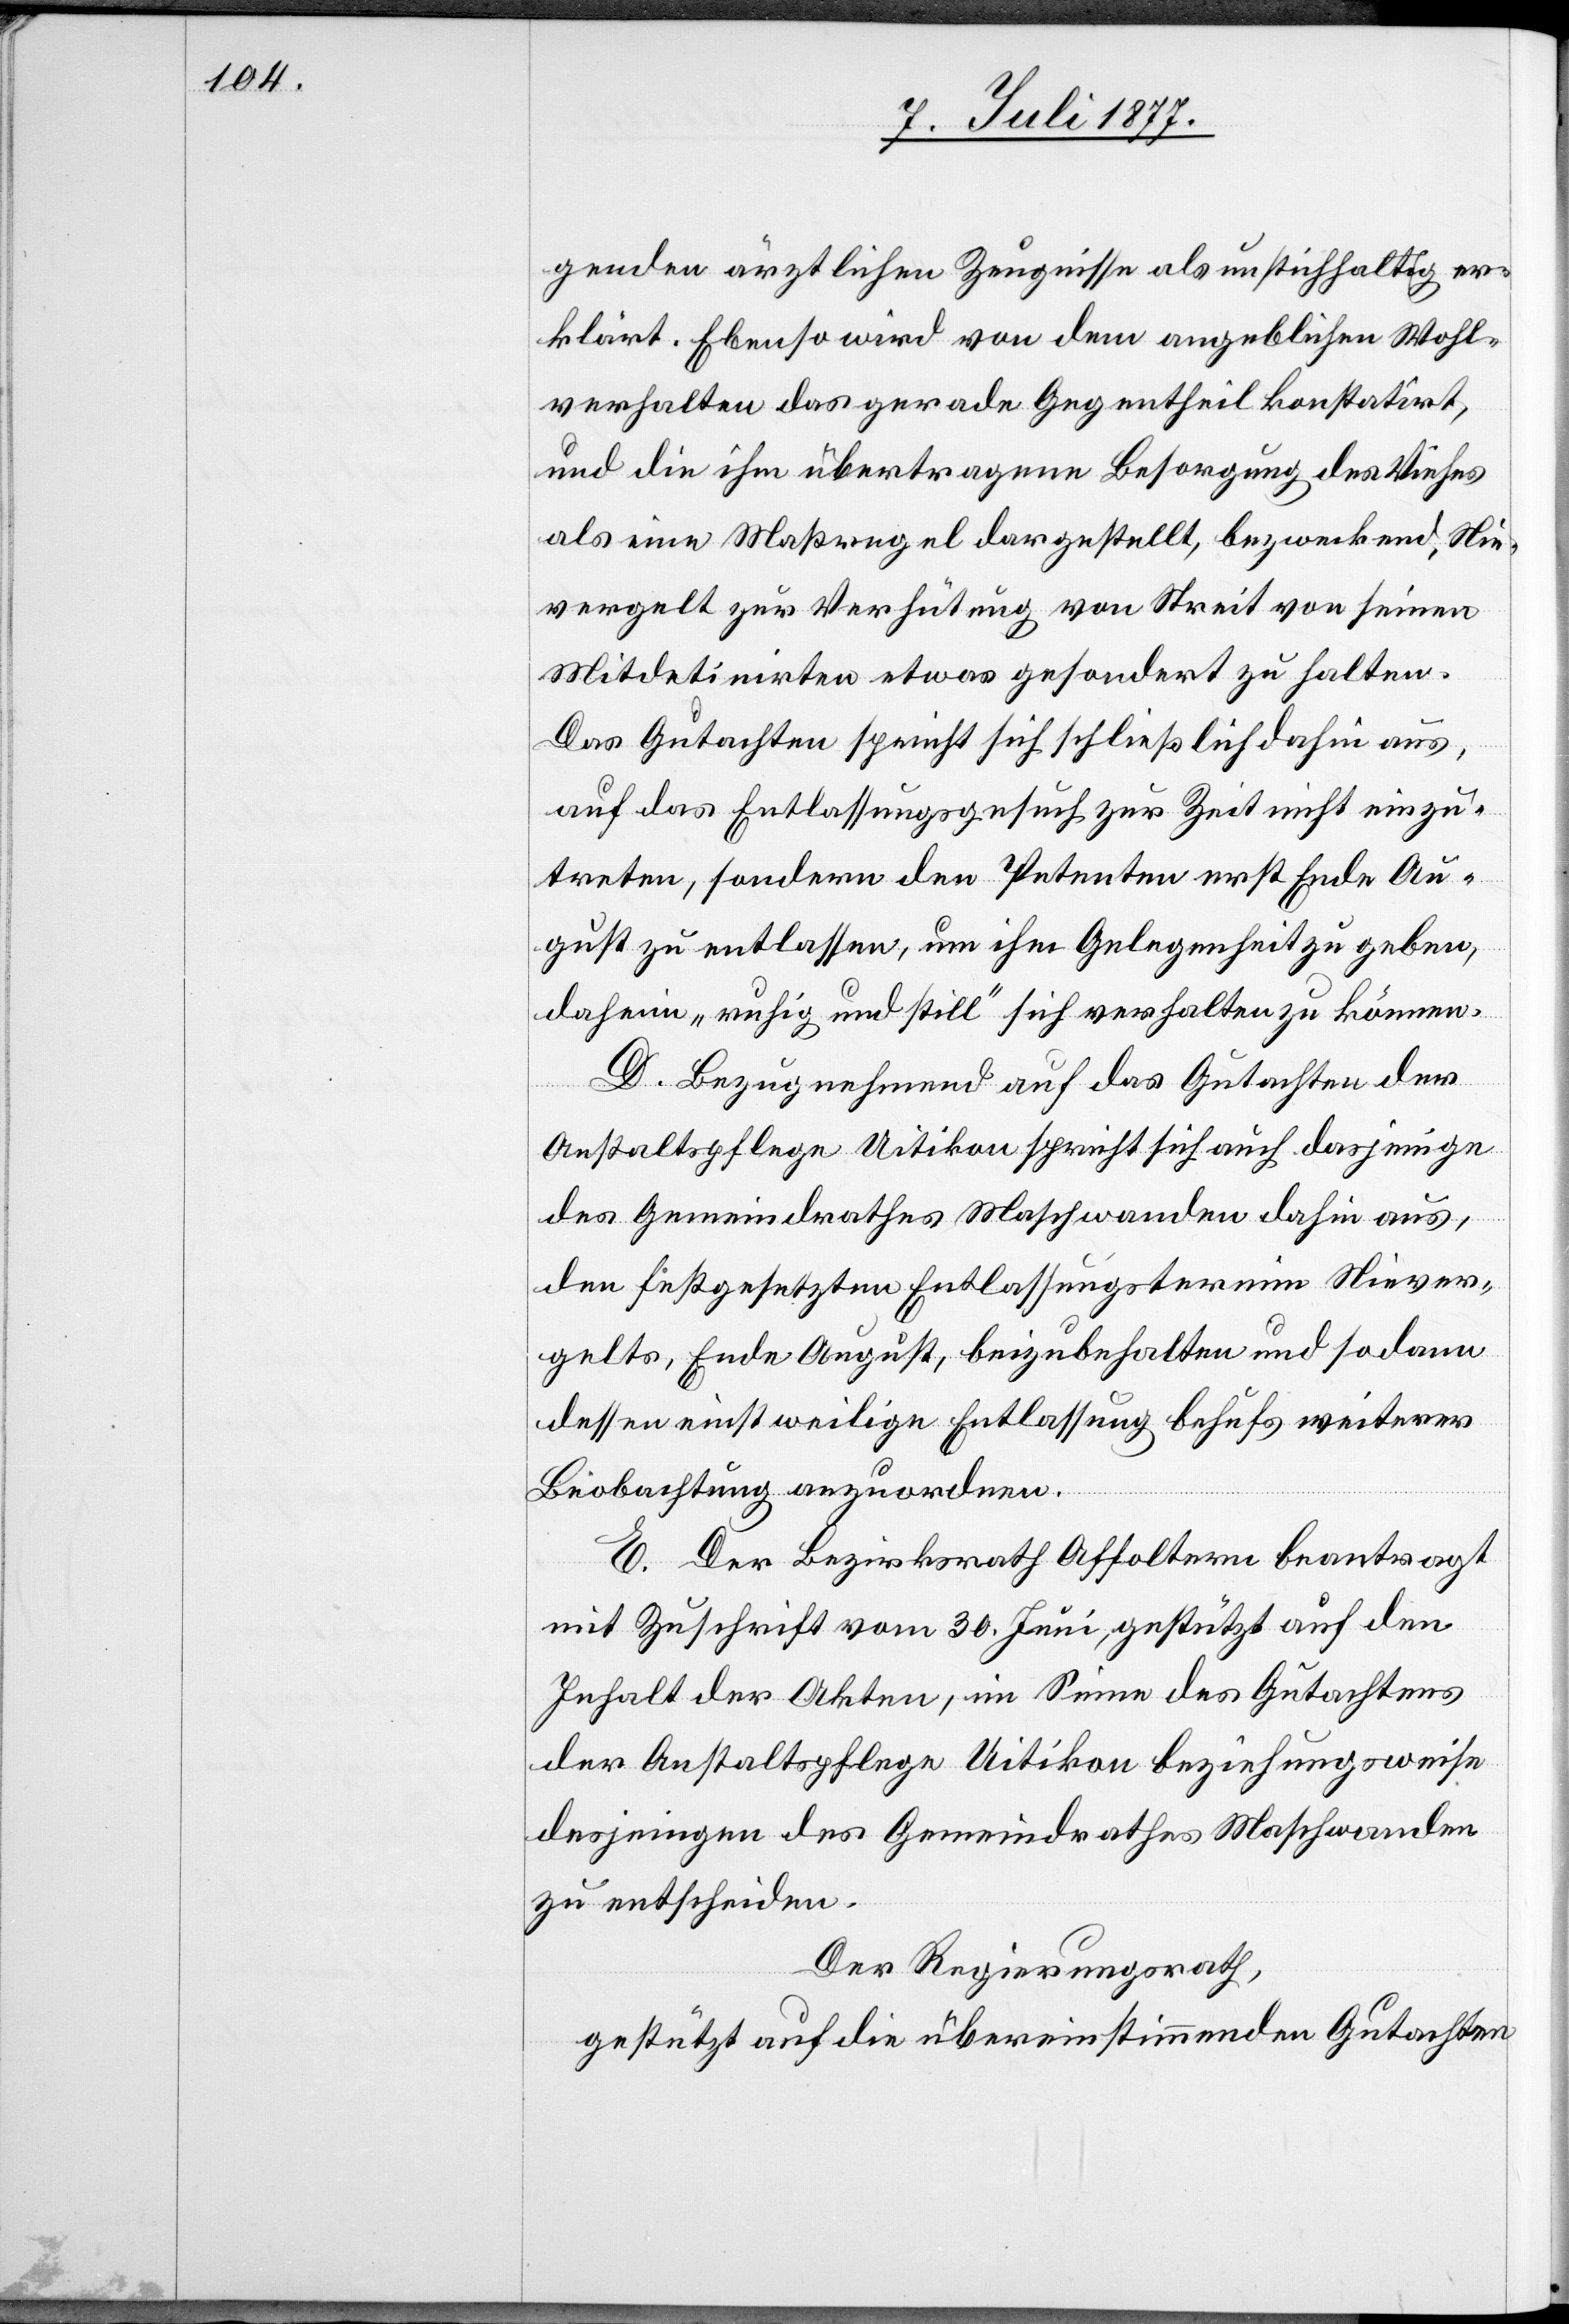
genden ärztlichen Zeugnisse als unstichhaltig er¬
klärt. Ebenso wird von dem angeblichen Wohl¬
verhalten das gerade Gegentheil konstatiert,
und die ihm übertragene Besorgung des Viehes
als eine Maßregel dargestellt, bezweckend, Nie¬
vergelt zur Verhütung von Streit von seinen
Mitdetinirten etwas gesondert zu halten.
Das Gutachten spricht sich schließlich dahin aus,
auf das Entlassungsgesuch zur Zeit nicht einzu¬
treten, sondern den Petenten erst Ende Au¬
gust zu entlassen, um ihm Gelegenheit zu geben,
daheim „ruhig und still“ sich verhalten zu können.
D. Bezugnehmend auf das Gutachten der
Anstaltspflege Uitikon spricht sich auch dasjenige
des Gemeindrathes Maschwanden dahin aus,
den festgesetzten Entlassungstermin Niever¬
gelts, Ende August, beizubehalten und sodann
dessen einstweilige Entlassung behufs weiterer
Beobachtung anzuordnen.
E. Der Bezirksrath Affoltern beantragt
mit Zuschrift vom 30. Juni, gestützt auf den
Inhalt der Akten, im Sinne des Gutachtens
der Anstaltspflege Uitikon beziehungsweise
desjenigen des Gemeindrathes Maschwanden
zu entscheiden.
Der Regierungsrath,
gestützt auf die übereinstimmenden Gutachten